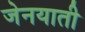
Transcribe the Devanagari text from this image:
जेनयाती